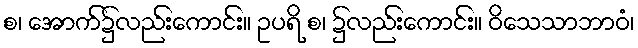
စ၊ အောက်၌လည်းကောင်း။ ဥပရိ စ၊ ၌လည်းကောင်း။ ဝိသေသာဘာဝံ၊